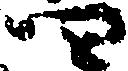
四